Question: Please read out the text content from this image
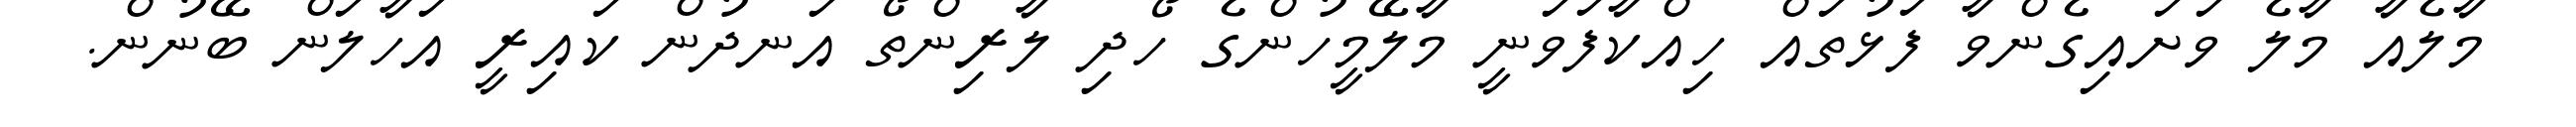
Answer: މާލެއާ މާލެ ވަށައިގެންވާ ފަޅުތައް ހިއްކާފަވަނީ މާލޭމީހުންގެ ހޯދި ލާރިންތޯ އަނދުން ކައިރީ އަހާލަން ބޭނުން.